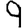
Digit: 9